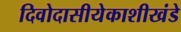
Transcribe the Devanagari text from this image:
दिवोदासीयेकाशीखंडे